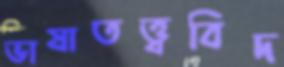
ভাষাতত্ত্ববিদ